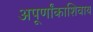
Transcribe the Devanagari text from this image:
अपूर्णांकाशिवाय